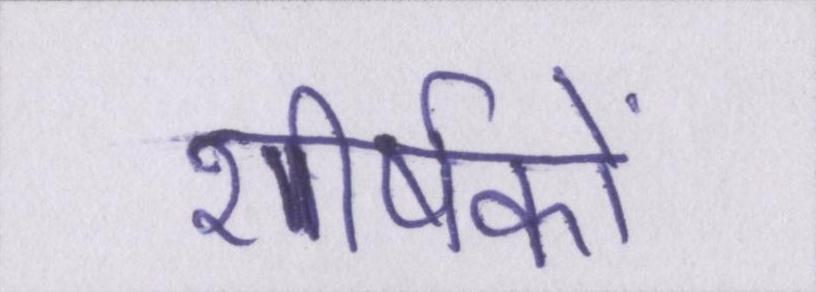
शीर्षकों